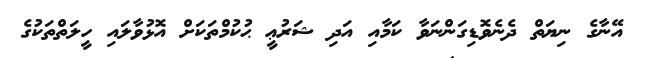
އޭނާގެ ނިޔަތް ދެނެވޮޑިގަންނަވާ ކަމާއި އަދި ޝަރުޢީ ޙުކުމްތަކަށް އޮޅުވާލައި ހީލަތްތަކުގެ